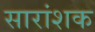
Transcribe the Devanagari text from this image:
सारांशक